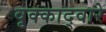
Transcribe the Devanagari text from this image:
वृक्काद्वारे